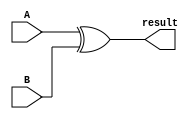
module subtractor(input [3:0] A, input [3:0] B, output reg [3:0] result);

assign result = A ^ B; // XOR operation to subtract B from A

endmodule